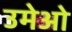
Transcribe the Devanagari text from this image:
उमेओ